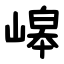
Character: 㟸